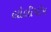
લૉલીપોપ